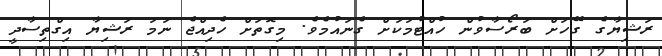
ރަޝިޔާގެ ގޭހަށް ބަރޯސާވުން ހުއްޓުމަކަށް ގެނައުމެވެ. މިގޮތަށް ހެދިއްޖެ ނަމަ ރަޝިޔާ އިގްތިސާދީ